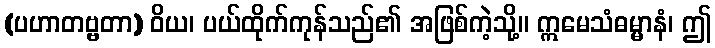
(ပဟာတဗ္ဗတာ) ဝိယ၊ ပယ်ထိုက်ကုန်သည်၏ အဖြစ်ကဲ့သို့။ ဣမေသံဓမ္မာနံ၊ ဤ